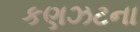
કણઝટના